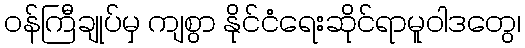
ဝန်ကြီချုပ်မှ ကျစွာ နိုင်ငံရေးဆိုင်ရာမူဝါဒတွေ၊